Report on lock hospitals in British Burma
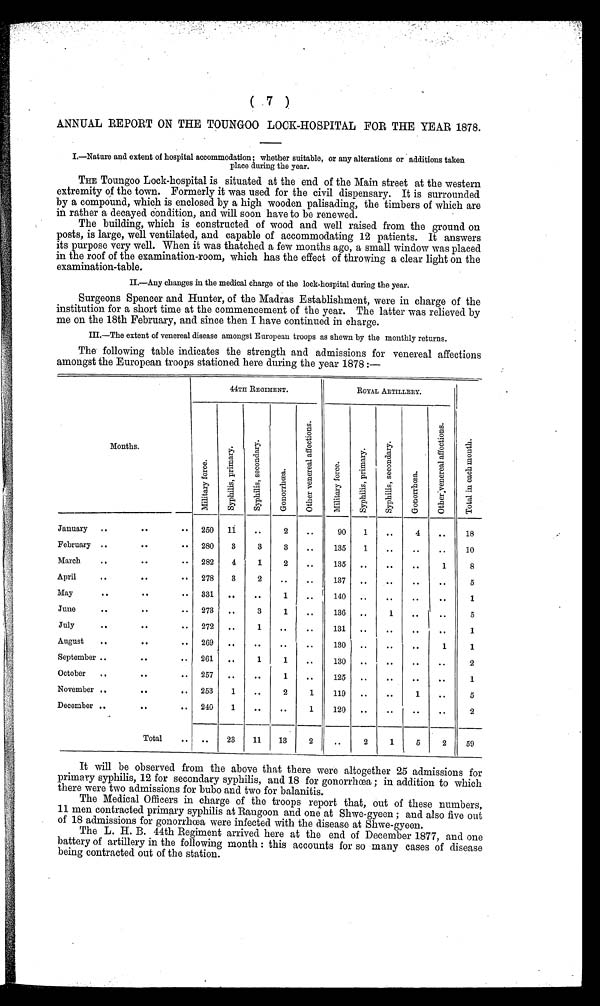
( 7 )
ANNUAL REPORT ON THE TOUNGOO LOCK-HOSPITAL FOR THE YEAR 1878.
I.—Nature and extent of hospital accommodation; whether suitable, or any alterations or additions taken
place during the year.
THE Toungoo Lock-hospital is situated at the end of the Main street at the western
extremity of the town. Formerly it was used for the civil dispensary. It is surrounded
by a compound, which is enclosed by a high wooden palisading, the timbers of which are
in rather a decayed condition, and will soon have to be renewed.
The building, which is constructed of wood and well raised from the ground on
posts, is large, well ventilated, and capable of accommodating 12 patients. It answers
its purpose very well. When it was thatched a few months ago, a small window was placed
in the roof of the examination-room, which has the effect of throwing a clear light on the
examination-table.
II.—Any changes in the medical charge of the lock-hospital during the year.
Surgeons Spencer and Hunter, of the Madras Establishment, were in charge of the
institution for a short time at the commencement of the year. The latter was relieved by
me on the 18th February, and since then I have continued in charge.
III.—The extent of venereal disease amongst European troops as shown by the monthly returns.
The following table indicates the strength and admissions for venereal affections
amongst the European troops stationed here during the year 1878 :—
44TH REGIMENT.
ROYAL ARTILLERY.
Months.
M i l i t a r y f o r c e .
S y p h i l i s , p r i m a r y .
S y p h i l i s , s e c o n d a r y .
G o n o r r h œ a .
O t h e r v e n e r a l a f f e c t i o n s .
M i l i t a r y f o r c e .
S y p h i l i s , p r i m a r y .
S y p h i l i s , s e c o n d a r y .
G o n o r r h œ a .
O t h e r v e n e r e a l a f f e c t i o n s .
T o t a l i n e a c h m o n t h .
January ..
. .
. . 250 11
. .
2
. .
90
1
..
4
..
18
February ..
. .
. . 280
3
3
3
..
135
1
. .
.
.
..
10
March
..
. .
. . 282
4
1
2
. .
135
..
. .
. .
1
8
April
..
. .
. . 278
3
2
..
..
137
.. ..
. .
. .
5
May
..
. .
. . 331 ..
..
1
..
140 ..
. .
. .
..
1
June
. .
..
.. 273
..
3
1
..
136
..
1
.. 1 ..
5
July
..
..
.. 272
..
1
..
..
131 ..
. .
. .
..
1
August
. .
. .
.. 269
. .
..
. .
. .
130
..
..
..
1
1
September ..
. .
.. 261
..
1
1
..
130 ..
..
..
..
2
October
..
..
.. 257
..
. .
1
..
125
..
. .
. .
. .
1
November ..
. .
.. 253
1
..
2
1
119
..
. .
1
..
5
December ..
. .
. . 240
1
. .
..
1
120
..
..
..
..
2
Total
. .
..
23
11
13
2
..
2
1
5
2
59
It will be observed from the above that there were altogether 25 admissions for
primary syphilis, 12 for secondary syphilis, and 18 for gonorrhoea ; in addition to which
there were two admissions for bubo and two for balanitis.
The Medical Officers in charge of the troops report that, out of these numbers,
11 men contracted primary syphilis at Rangoon and one at Shwe-gyeen ; and also five out
of 18 admissions for gonorrhoea were infected with the disease at Shwe-gyeen.
The L. H. B. 44th Regiment arrived here at the end of December 1877, and one
battery of artillery in the following month : this accounts for so many cases of disease
being contracted out of the station.